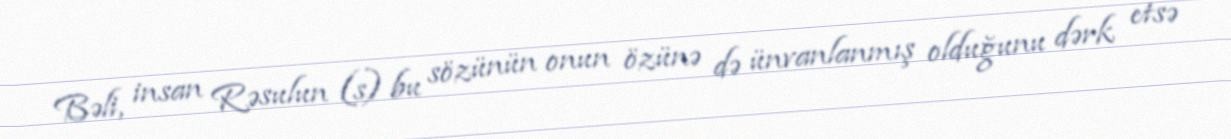
Bəli, insan Rəsulun (s) bu sözünün onun özünə də ünvanlanmış olduğunu dərk etsə